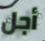
أجل